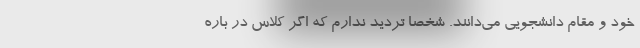
خود و مقام دانشجویی می‌دانند. شخصاً تردید ندارم که اگر کلاس در باره